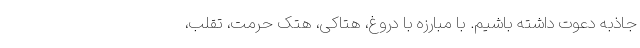
جاذبه دعوت داشته باشیم. با مبارزه با دروغ، هتاکی، هتک حرمت، تقلب،